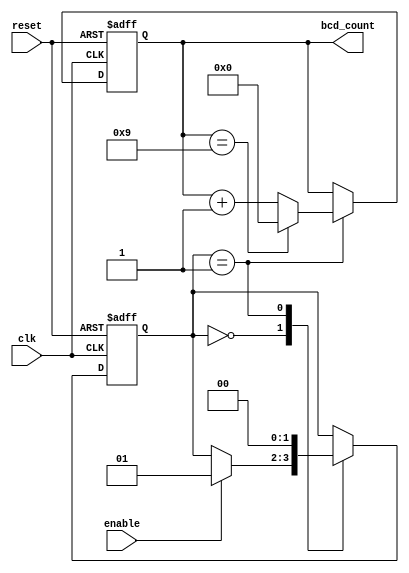
module bcd_counter_with_enable (
    input wire clk,
    input wire reset,
    input wire enable,
    output reg [3:0] bcd_count
);

reg [3:0] count;
reg [1:0] state;

always @(posedge clk or posedge reset) begin
    if (reset) begin
        count <= 4'b0000;
        state <= 2'b00;
    end else begin
        case (state)
            2'b00: begin
                if (enable) begin
                    state <= 2'b01;
                end
            end
            2'b01: begin
                if (count == 4'b1001) begin
                    count <= 4'b0000;
                    state <= 2'b00;
                end else begin
                    count <= count + 4'b0001;
                    state <= 2'b00;
                end
            end
        endcase
    end
end

assign bcd_count = count;

endmodule